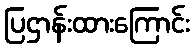
ပြဌာန်းထားကြောင်း